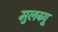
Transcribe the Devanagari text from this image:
मुलग्र्यू